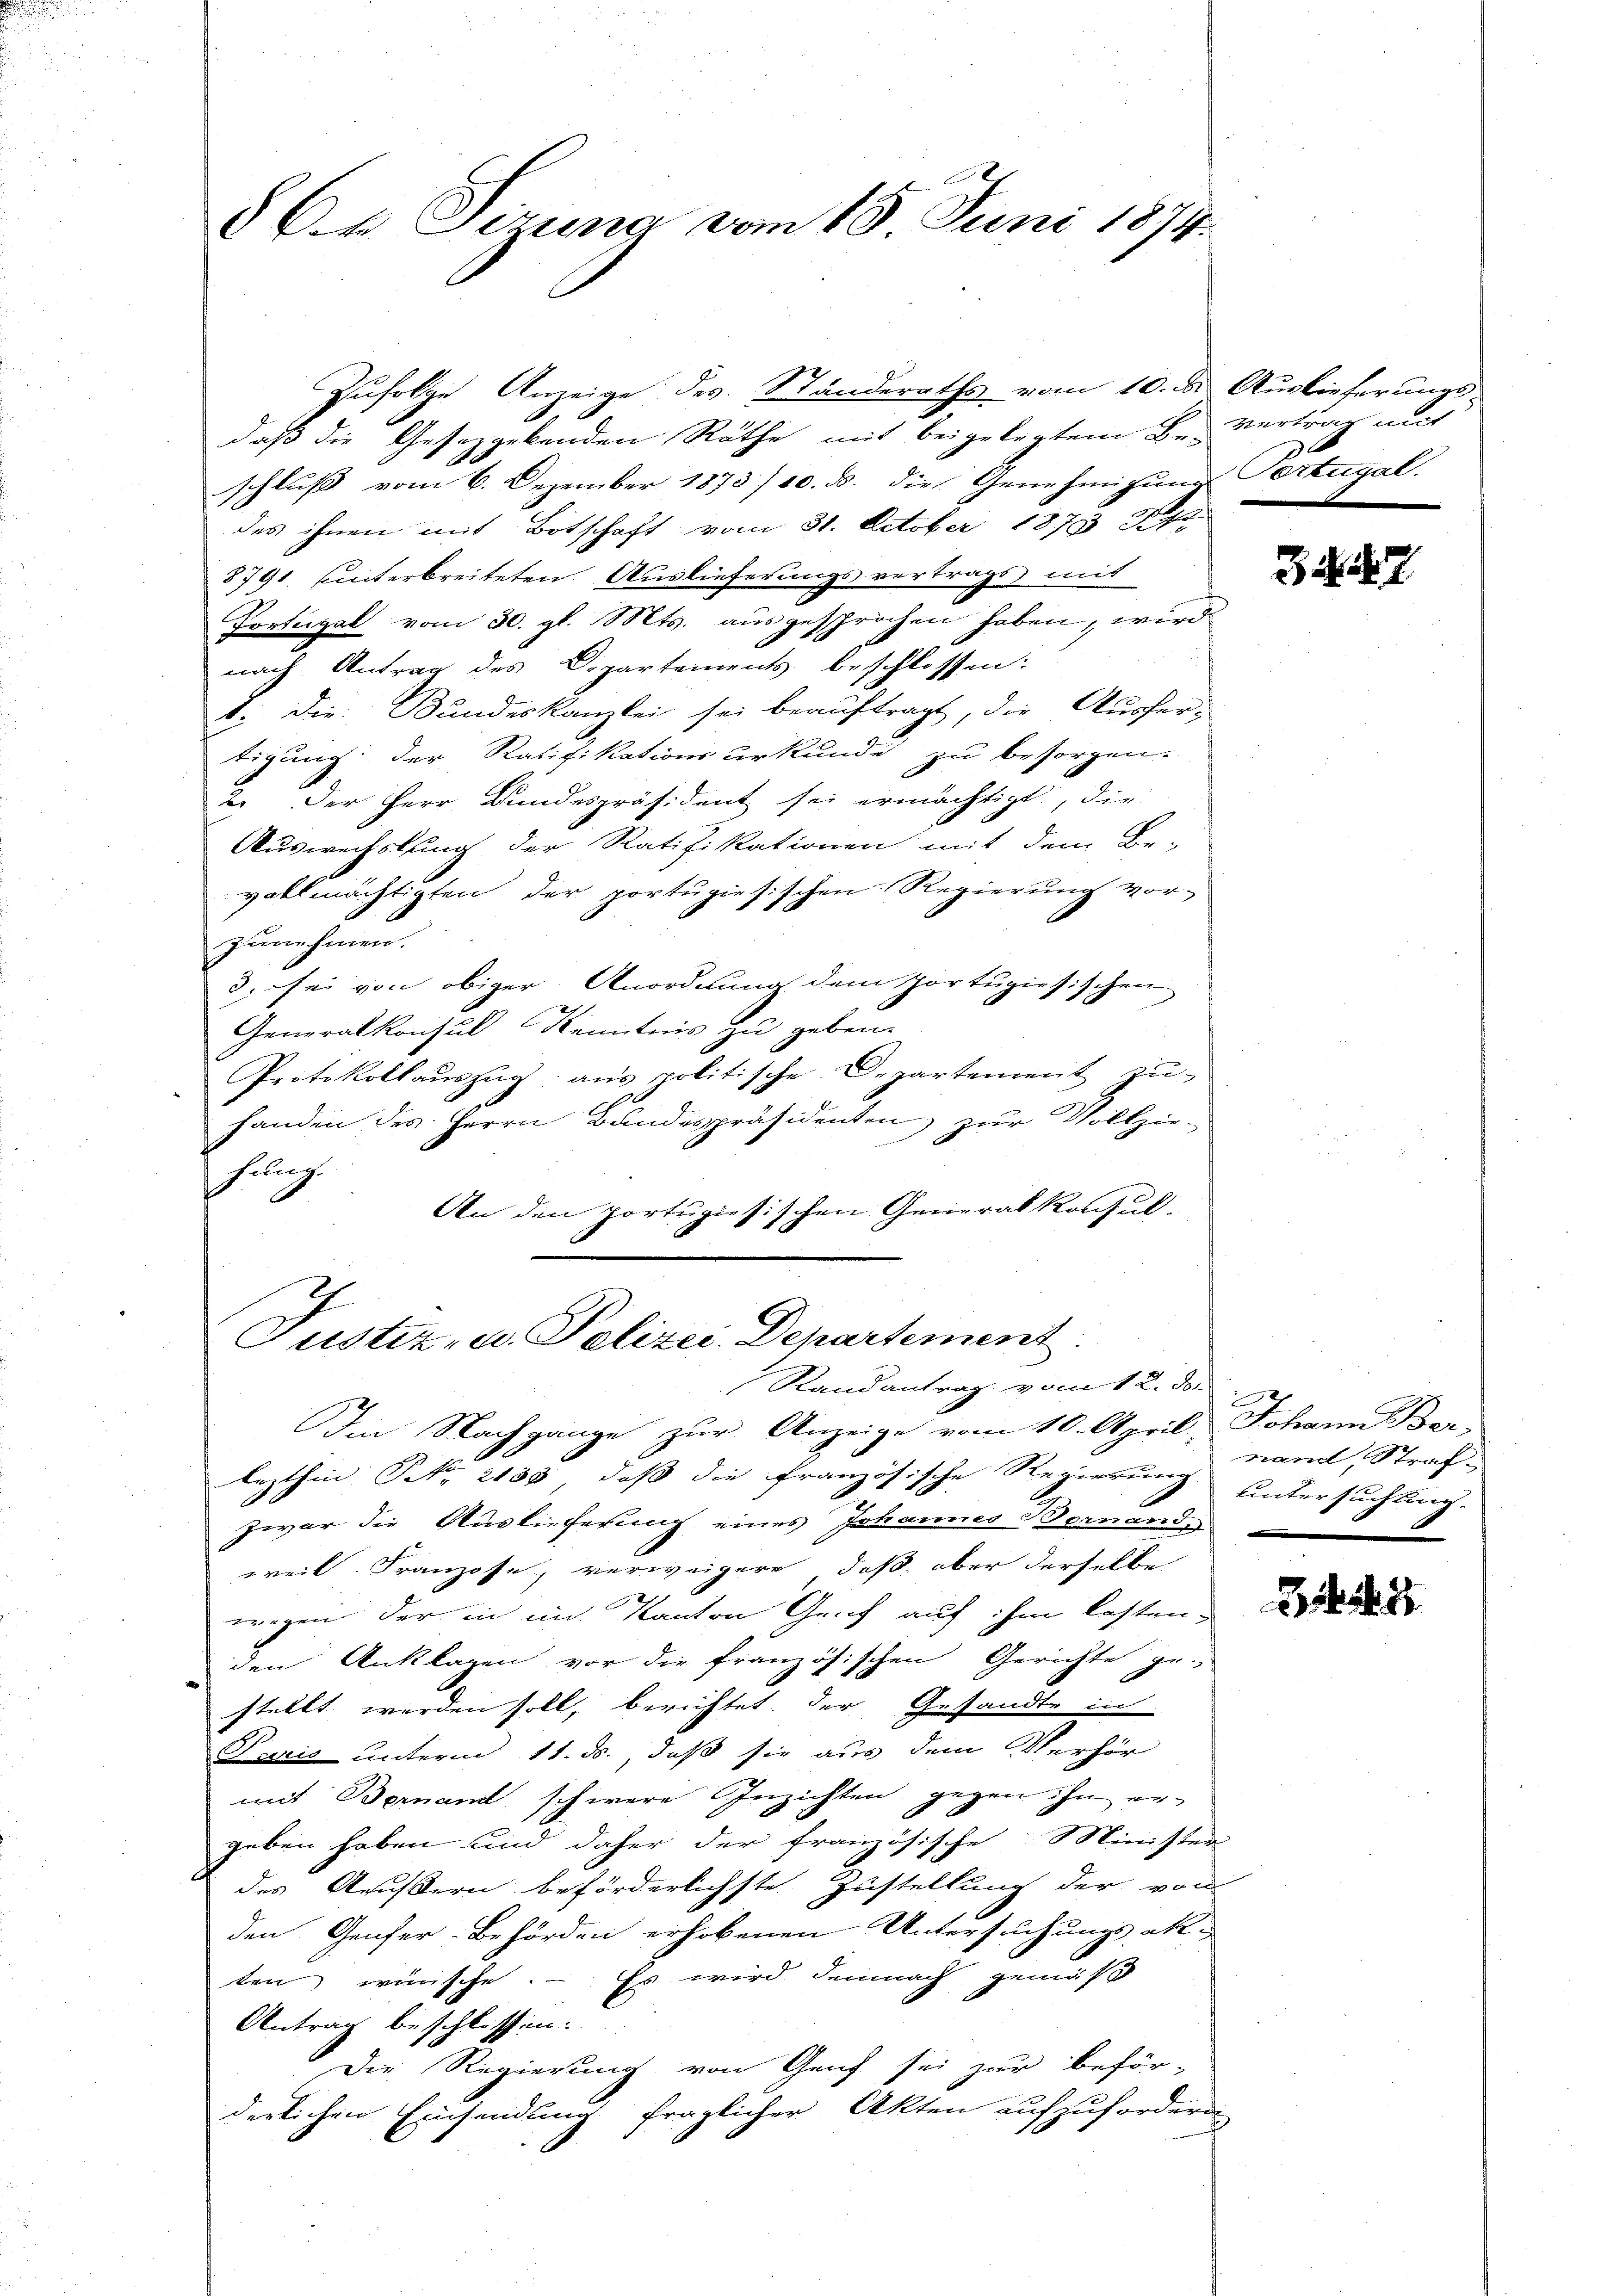
§ Ch. Sizung vom 18. Juni 1874.

daß die Gesetzgebenden Räthe mit beigelegtem Be-Vertrag mit
schluß vom 6. Dezember 1873/10. ds. die Genehmigŭng
des ihnen mit Botschaft vom 31. October 1873 Sta
8791. hinterbreiteten Auslieferungsvertrags mit
Portugal vom 30. gl. Mts. ausgesprochen haben, wird
nach Antrag des Departements beschlossen:
1. Die Bundeskanzlei sei beauftragt, die Ausfer-
tigung der Ratifikationsurkunde zu besorgen.
2. Der Herr Bundespräsident sei ermächtigt, die
Auswechslung der Ratifikationen mit dem Be-
vollmächtigten der portugisischen Regierung vor-
zŭnehmen.
3. sei von obiger Anordnung dem Portugisische
en
Generalkonsul Kenntnis zu geben.
Protokollaŭszŭg ans politische Departement zŭ-
handen des Herrn Bandespräsidenten) zur Vollziehung.
An den portugisischen Generalkonsul,

Zufolge Anzeige des Standeraths vom 10. d. Auslieferungs-

Justiz- u. Polizei Departement
Randantrag vom 12. d.

Im Nachgange zur Anzeige vom 10. April Johann Ber-
lezthin Nr. 2130, daß die französische Regierung untersuchtung.
zwar die Auslieferung eines Johannes Bornand,
weil Franzose, verweigere, daß aber derselbe
wegen der in im Kanton Genf auf ihm kostenden Anklagen vor die französischen Gerichte ge-
stellt werden soll, berichtet, der Gesandte in
Puris unterm 11. ds., daß sie aus dem Verhör
mit Bernamt schwere Inzichten gegen ihn ergeben haben und daher der französische Minister
des Aeussern beförderlichste Zustellung der von
den Genfer-Behörden erhobenen Untersuchungsak
ten wünsche. – Es wird demnach gemäß
Antrag beschlossen:
Die Regierung von Genf sei zur beför-
derlichen Einsendung fraglicher Akten aufzufordern

0
Portugal.

34. 4

nand, Straf.

21. 187